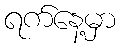
ရက်နေ့မှာ